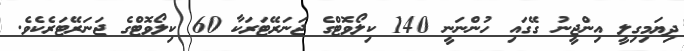
ދިޔަމިގިލީ އިންޖީނު ގޭގައި ހުންނަނީ 140 ކިލޯވޮޓްގެ ޖަނަރޭޓަރަކާ 60 ކިލޯވޮޓްގެ ޖަނަރޭޓަރެކެވެ.